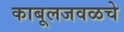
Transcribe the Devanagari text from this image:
काबूलजवळचे